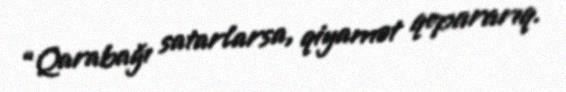
“Qarabağı satarlarsa, qiyamət qopararıq.